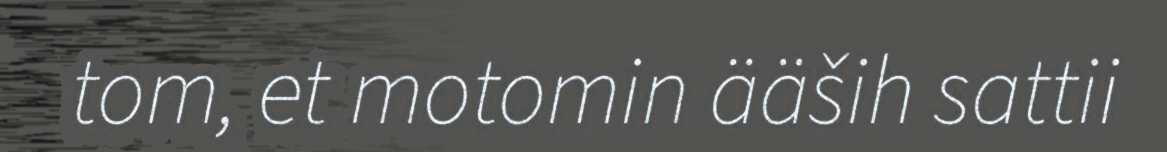
tom, et motomin ääših sattii